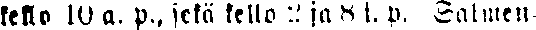
kello 10 a. p. sekä kello 2 ja 8 i. p. Salmen-